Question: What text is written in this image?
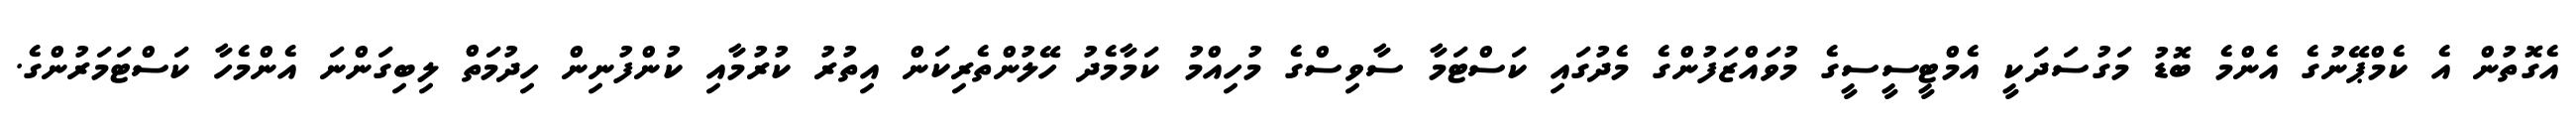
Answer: އެގޮތުން އެ ކެމްޕޭނުގެ އެންމެ ބޮޑު މަގުސަދަކީ އެމްޓީސީސީގެ މުވައްޒަފުންގެ މެދުގައި ކަސްޓަމާ ސާވިސްގެ މުހިއްމު ކަމާމެދު ހޭލުންތެރިކަން އިތުރު ކުރުމާއި ކުންފުނިން ހިދުމަތް ލިބިގަންނަ އެންމެހާ ކަސްޓަމަރުންގެ.